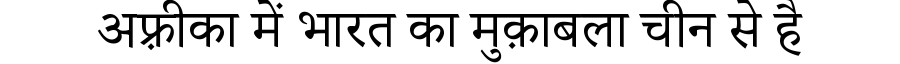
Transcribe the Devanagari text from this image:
अफ़्रीका में भारत का मुक़ाबला चीन से है